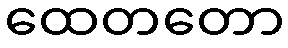
ထေတတော